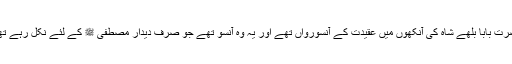
حضرت بابا بلھے شاہ کی آنکھوں میں عقیدت کے آنسورواں تھے اور یہ وہ آنسو تھے جو صرف دیدار مصطفی ﷺ کے لئے نکل رہے تھے۔